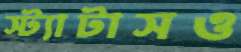
স্ট্যাটাসও